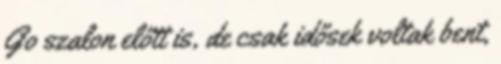
Go szalon előtt is, de csak idősek voltak bent,